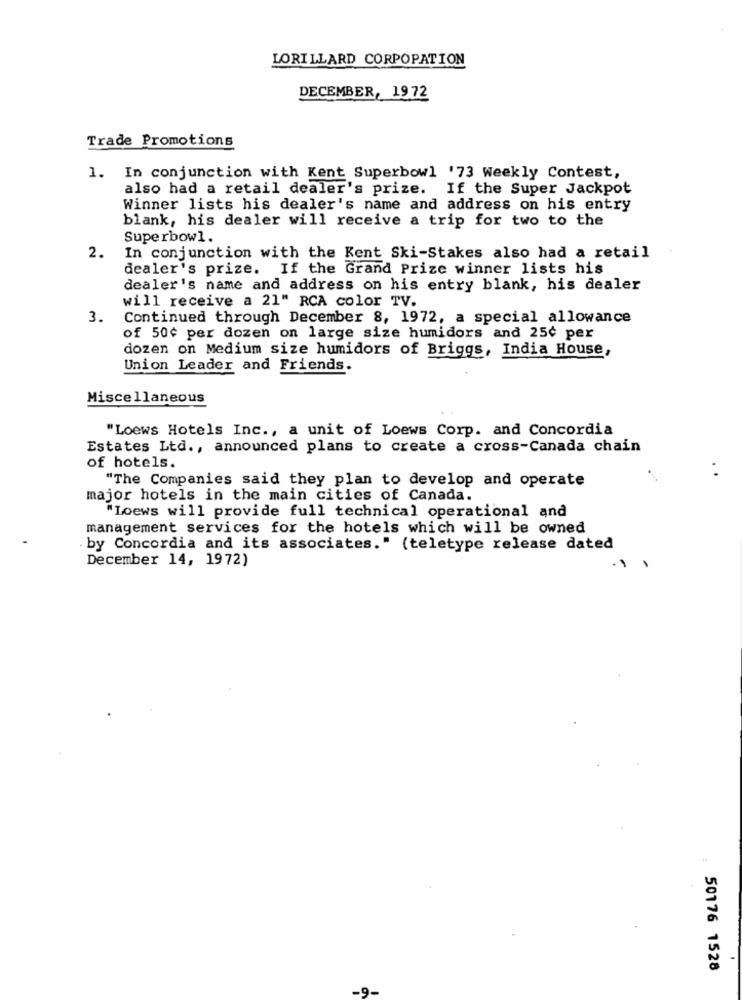
LORILLARD CORPOPATION
DECEMBER, 1972
Trade Promotions
1. In conjunction with Kent Superbowl '73 Weekly Contest,
also had a retail dealer's prize. If the Super Jackpot
Winner lists his dealer's name and address on his entry
blank, his dealer will receive a trip for two to the
Superbowl.
2.
In conjunction with the Kent Ski-Stakes also had a retail
dealer's prize. If the Grand Prize winner lists his
dealer's name and address on his entry blank, his dealer
will receive a 21" RCA color TV.
3.
Continued through December 8, 1972, a special allowance
of 50¢ per dozen on large size humidors and 25¢ per
dozen on Medium size humidors of Briggs, India House,
Union Leader and Friends.
Miscellaneous
"Loews Hotels Inc ., a unit of Loews Corp. and Concordia
Estates Ltd ., announced plans to create a cross-Canada chain
of hotels.
"The Companies said they plan to develop and operate
..
major hotels in the main cities of Canada.
"Loews will provide full technical operational and
management services for the hotels which will be owned
by Concordia and its associates." (teletype release dated
December 14, 1972)
50176 1528
-9.